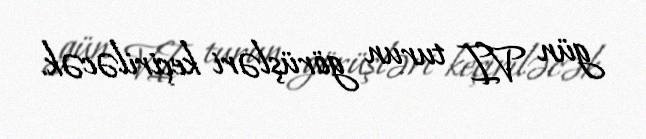
gün VI turun görüşləri keçiriləcək.